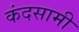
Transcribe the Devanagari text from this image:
कंदसामी